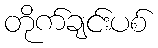
တိုက်ချင်းပစ်